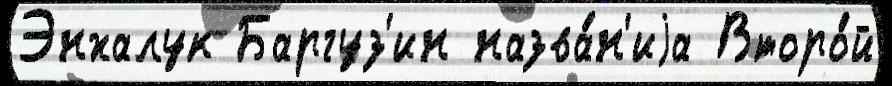
Энхалук Баргуз'ин назва́н'иjа Второ́й